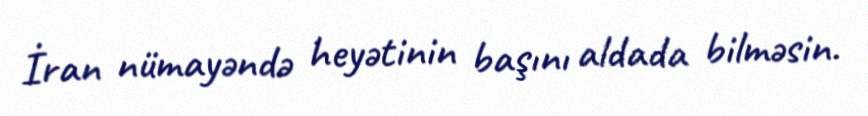
İran nümayəndə heyətinin başını aldada bilməsin.